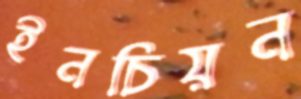
ইনচিয়ন